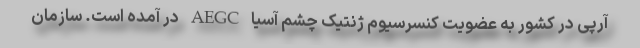
آرپی در کشور به عضویت کنسرسیوم ژنتیک چشم آسیا AEGC در آمده است. سازمان